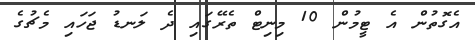
އެގޮތުން އެ ޓީމުން 10 މިނިޓް ތެރޭގައި ދެ ލަނޑު ޖަހައި މެޗުގެ